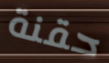
حقنة